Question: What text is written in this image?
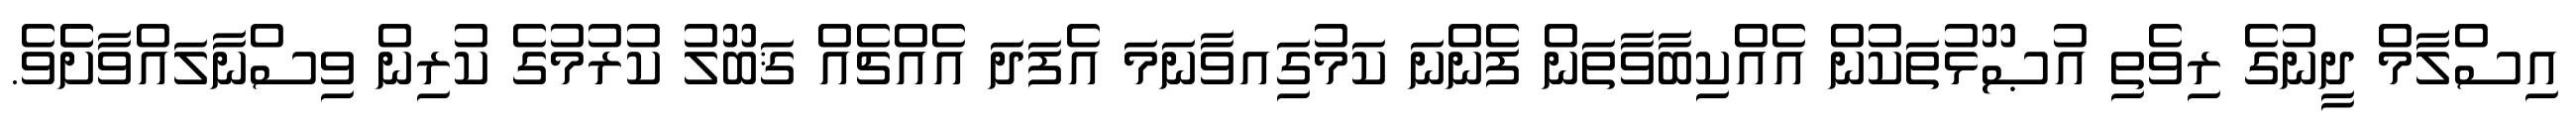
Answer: އިސްލާމް ދީނުގެ ރިވެތި އުޞޫޅުތަކުން އެއްކިބާވާތަން ފެންނަ ކަމުގަިއވާނަމަ އެފަދަ އެއްޗެއް ޤަބޫލު ކުރުމުގެ ކުރިން ވިސްނާލައްވާށެެވެ.